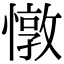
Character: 憞